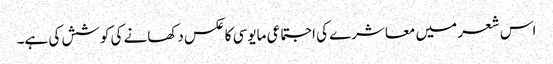
اس شعر میں معاشرے کی اجتماعی مایوسی کا عکس دکھانے کی کوشش کی ہے۔